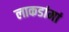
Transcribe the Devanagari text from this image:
लाकडांमां